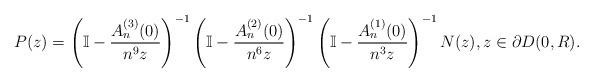
LaTeX: \begin{align*} P(z) = \left(\mathbb{I} - \frac{A_n^{(3)}(0)}{n^9 z}\right)^{-1}\left(\mathbb{I} - \frac{A_n^{(2)}(0)}{n^6 z}\right)^{-1}\left(\mathbb{I} - \frac{A_n^{(1)}(0)}{n^3 z}\right)^{-1} N(z),z \in \partial D(0,R). \end{align*}